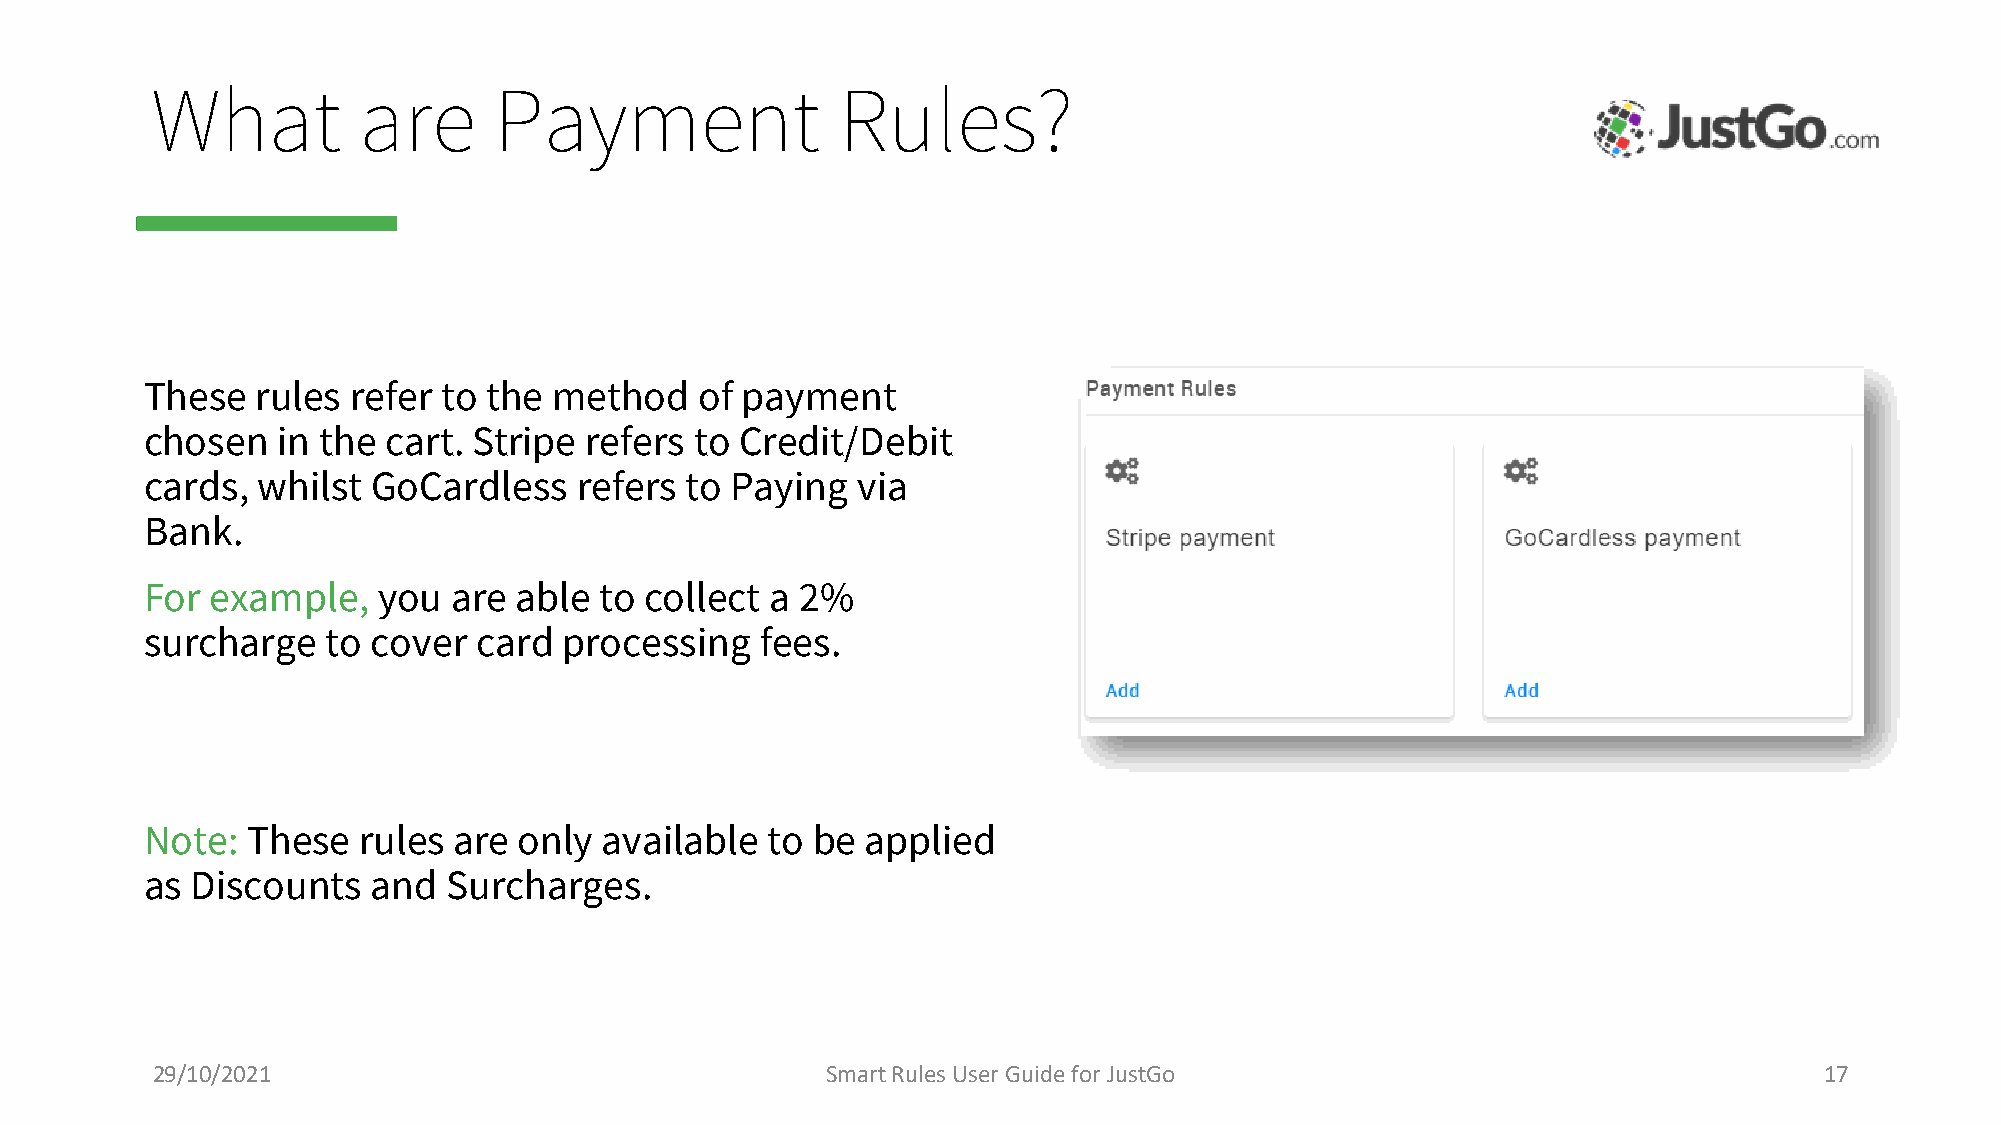
What          are      Payment                Rules?
 These  rules refer to the  method   of payment
 chosen  in the cart. Stripe  refers to Credit/Debit
 cards, whilst  GoCardless   refers to Paying   via
 Bank.
 For example,   you  are able  to collect a 2%
 surcharge   to cover  card processing   fees.
 Note: These   rules are only  available  to be applied
 as Discounts   and  Surcharges.
 29/10/2021                                   Smart Rules User Guide for JustGo                                 17